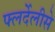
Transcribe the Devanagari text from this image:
फ्लर्देलीसे